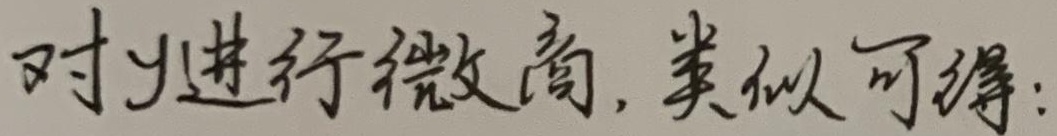
对\(y\)进行微商，类似可得：